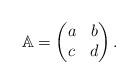
LaTeX: \begin{align*}\mathbb{A}=\left(\begin{matrix}a & b\\ c& d\end{matrix}\right).\end{align*}